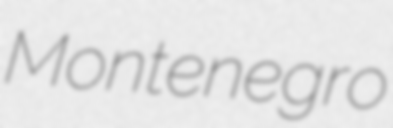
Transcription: Montenegro